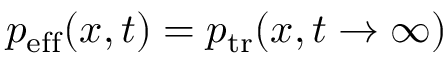
p _ { \mathrm { e f f } } ( x , t ) = p _ { \mathrm { t r } } ( x , t \rightarrow \infty )